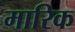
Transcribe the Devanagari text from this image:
मारिक